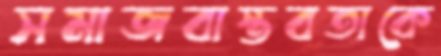
সমাজবাস্তবতাকে